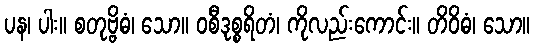
ပန၊ ပါး။ စတုဗ္ဗိဓံ၊ သော။ ဝစီဒုစ္စရိတံ၊ ကိုလည်းကောင်း။ တိဝိဓံ၊ သော။